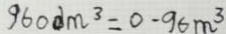
9 6 0 d m ^ { 3 } = 0 . 9 6 m ^ { 3 }